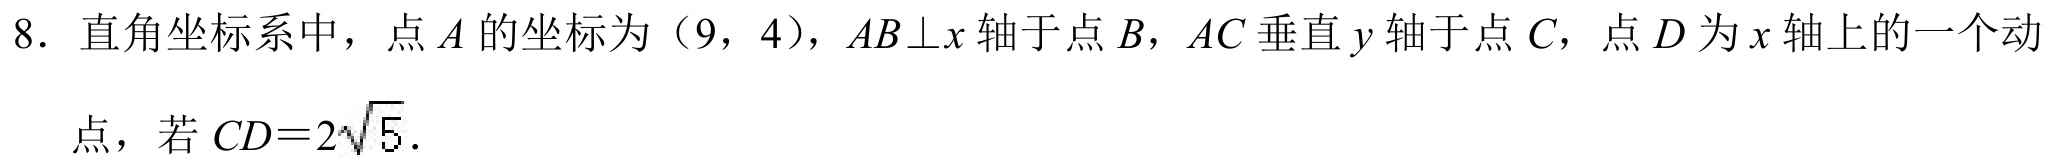
8. 直角坐标系中，点 \(A\) 的坐标为\((9,4)\)，\(AB\perp x\) 轴于点 \(B\)，\(AC\) 垂直 \(y\) 轴于点 \(C\)，点 \(D\) 为 \(x\) 轴上的一个动点，若 \(CD = 2\sqrt{5}\).